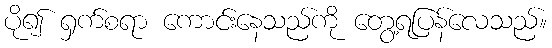
ပို၍ ရှက်စရာ ကောင်းနေသည်ကို တွေ့ရပြန်လေသည်။